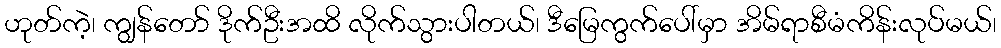
ဟုတ်ကဲ့၊ ကျွန်တော် ဒိုက်ဦးအထိ လိုက်သွားပါတယ်၊ ဒီမြေကွက်ပေါ်မှာ အိမ်ရာစီမံကိန်းလုပ်မယ်၊